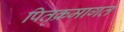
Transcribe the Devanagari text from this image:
पितृक्रमागत